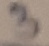
Text: 3